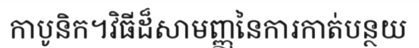
កាបូនិក។វិធីដ៏សាមញ្ញនៃការកាត់បន្ថយ